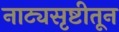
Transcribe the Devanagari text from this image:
नाट्यसृष्टीतून